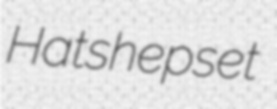
Hatshepset